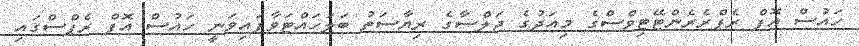
ހައުސް އޮފް ރެޕްރެރެންޓޭޓިވްސްގެ މިއަދުގެ ޖަލްސާގެ ރިޔާސަތު ބަލަހައްޓަވާފައިވަނީ ހައުސް އޮފް ރެޕްސްގައި